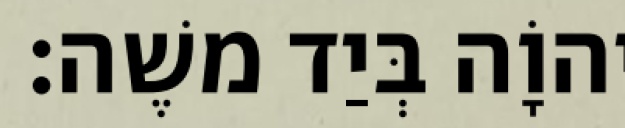
יְהוָֹה בְּיַד משֶׁה׃